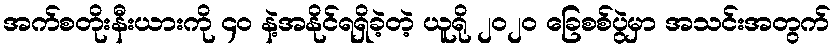
အက်စတိုးနီးယားကို ၄ဝ နဲ့အနိုင်ရရှိခဲ့တဲ့ ယူရို ၂၀၂၀ ခြေစစ်ပွဲမှာ အသင်းအတွက်